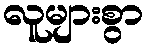
လူများစွာ